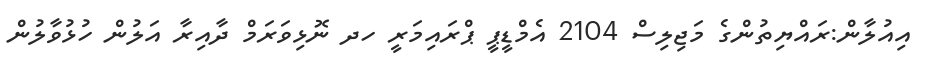
އިއުލާން:ރައްޔިތުންގެ މަޖިލިސް 2104 އެމްޑީޕީ ޕްރައިމަރީ ހދ ނޮޅިވަރަމް ދާއިރާ އަލުން ހުޅުވާލުން